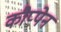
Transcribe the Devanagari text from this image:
कौप्पेन